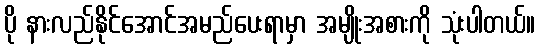
ပို နားလည်နိုင်အောင်အမည်ပေးရာမှာ အမျိုးအစားကို သုံးပါတယ်။